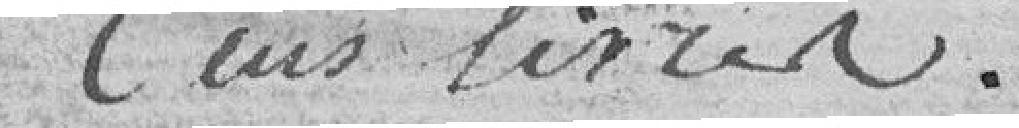
cents livres.